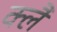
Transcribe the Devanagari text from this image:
क्लै